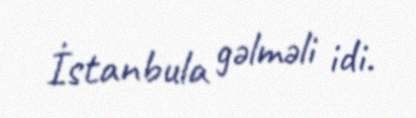
İstanbula gəlməli idi.